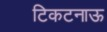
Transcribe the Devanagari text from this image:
टिकटनाऊ